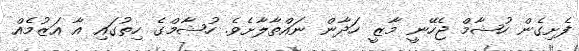
ފެށިގެން ހުޝާމް ޖެހޭނީ މާޒީ ހަދާން ނައްތާލާށެވެ. ހުޝާމްގެ ހިތުގައި އާ އަޒުމެއް